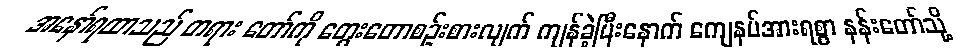
အနော်ရထာသည် တရား တော်ကို တွေးတောစဉ်းစားလျက် ကျန်ခဲ့ပြီးနောက် ကျေနပ်အားရစွာ နန်းတော်သို့